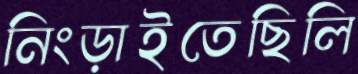
নিংড়াইতেছিলি